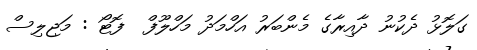
ގަލޮޅު ދެކުނު ދާއިރާގެ މެންބަރު އަހްމަދު މަހްލޫފް  ފޮޓޯ : މަޖިލިސް